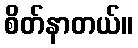
စိတ်နာတယ်။